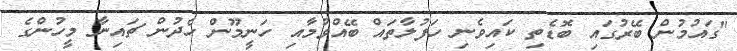
"ގައުމުން ބޭރުގައި ބޮޑެތި ކައިވެނި ހަފުލާތައް ބޭއްވުމާއި ހަނީމޫން ހެދުން ޗައިނާ މީހުންގެ